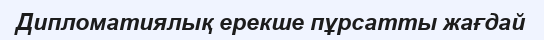
Дипломатиялық ерекше пұрсатты жағдай